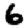
Digit: 6